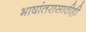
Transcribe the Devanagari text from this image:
भाषांतरासाठीही